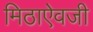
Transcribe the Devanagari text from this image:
मिठाऐवजी